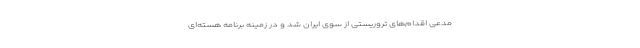
مدعی اقدام‌های تروریستی از سوی ایران شد و در زمینه برنامه هسته‌ای